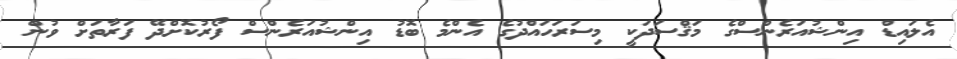
އެލައިޑް އިންޝުއަރެންސްގެ މަޤްސަދަކީ މިސަރަހައްދުގެ އެންމެ ބޮޑު އިންޝުއަރެންސް ފޯރުކޮށްދޭ ފަރާތަށް ވުން